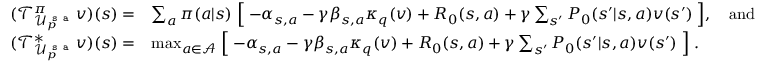
\begin{array} { r l } { ( \mathcal { T } _ { \mathcal { U } _ { p } ^ { \texttt { s a } } } ^ { \pi } v ) ( s ) = } & { \sum _ { a } \pi ( a | s ) \Bigm [ - \alpha _ { s , a } - \gamma \beta _ { s , a } \kappa _ { q } ( v ) + R _ { 0 } ( s , a ) + \gamma \sum _ { s ^ { \prime } } P _ { 0 } ( s ^ { \prime } | s , a ) v ( s ^ { \prime } ) \Bigm ] , \quad \mathrm { a n d } } \\ { ( \mathcal { T } _ { \mathcal { U } _ { p } ^ { \texttt { s a } } } ^ { * } v ) ( s ) = } & { \operatorname* { m a x } _ { a \in \mathcal { A } } \Bigm [ - \alpha _ { s , a } - \gamma \beta _ { s , a } \kappa _ { q } ( v ) + R _ { 0 } ( s , a ) + \gamma \sum _ { s ^ { \prime } } P _ { 0 } ( s ^ { \prime } | s , a ) v ( s ^ { \prime } ) \Bigm ] . } \end{array}